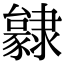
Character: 𨾃